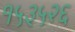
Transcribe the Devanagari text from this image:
१५३५२६